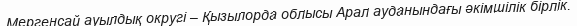
Мергенсай ауылдық округі – Қызылорда облысы Арал ауданындағы әкімшілік бірлік.